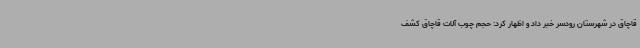
قاچاق در شهرستان رودسر خبر داد و اظهار کرد: حجم چوب آلات قاچاق کشف